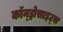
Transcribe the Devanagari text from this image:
कॉन्ड्रोसाइट्स